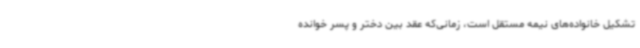
تشکیل خانواده‌های نیمه مستقل است، زمانی‌که عقد بین دختر و پسر خوانده